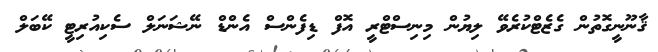
ޤާނޫނީގޮތުން ގެޒެޓްކުރެވޭ ލިޔުން މިނިސްޓްރީ އޮފް ޑިފެންސް އެންޑް ނޭޝަނަލް ސެކިއުރިޓީ ކޭބަލް